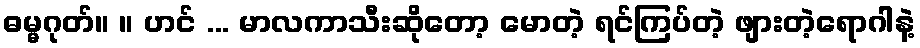
ဓမ္မဂုတ်။ ။ ဟင် ... မာလကာသီးဆိုတော့ မောတဲ့ ရင်ကြပ်တဲ့ ဖျားတဲ့ရောဂါနဲ့